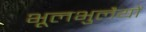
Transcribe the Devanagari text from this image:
भूलभुलैयों